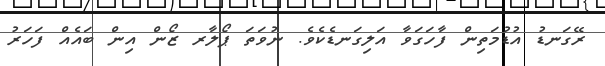
ރޭގަނޑު އުޑުމަތިން ފާހަގަވާ އަލިގަނޑެކެވެ. ނުވަތަ ޕޯލާރ ޒޯން އިން ބައެއް ފަހަރު